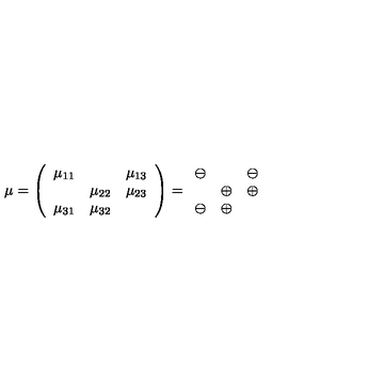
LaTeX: \mu = \left( \begin{array} { c c c } { \mu _ { 1 1 } } & { } & { \mu _ { 1 3 } } \\ { } & { \mu _ { 2 2 } } & { \mu _ { 2 3 } } \\ { \mu _ { 3 1 } } & { \mu _ { 3 2 } } & { } \\ \end{array} \right) = \begin{array} { c c c } { \ominus } & { } & { \ominus } \\ { } & { \oplus } & { \oplus } \\ { \ominus } & { \oplus } & { } \\ \end{array}